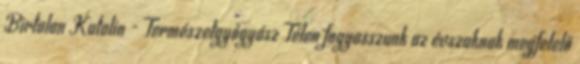
Birtalan Katalin - Természetgyógyász Télen fogyasszunk az évszaknak megfelelő